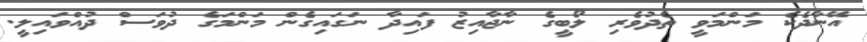
އޭނާދެކެ މަންމަވީ ތެދުވެރި ލޯބީގެ ނާޖާއިޒު ފައިދާ ނަގައިގެން މަންމަގެ ދުވަސް ދުއްވައިލީ.